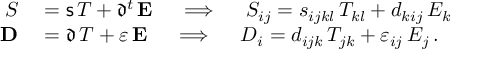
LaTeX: \begin{array} { r l } { { \boldsymbol { S } } } & { { } = { \mathsf { s } } \, { \boldsymbol { T } } + { \mathfrak { d } } ^ { t } \, \mathbf { E } \quad \implies \quad S _ { i j } = s _ { i j k l } \, T _ { k l } + d _ { k i j } \, E _ { k } } \\ { \mathbf { D } } & { { } = { \mathfrak { d } } \, { \boldsymbol { T } } + { \boldsymbol { \varepsilon } } \, \mathbf { E } \quad \implies \quad D _ { i } = d _ { i j k } \, T _ { j k } + \varepsilon _ { i j } \, E _ { j } \, . } \end{array}